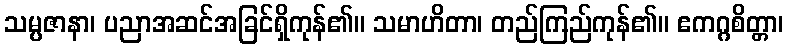
သမ္ပဇာနာ၊ ပညာအဆင်အခြင်ရှိကုန်၏။ သမာဟိတာ၊ တည်ကြည်ကုန်၏။ ဧကဂ္ဂစိတ္တာ၊